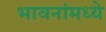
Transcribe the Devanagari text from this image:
भावनांमध्ये